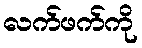
လက်ဖက်ကို